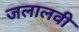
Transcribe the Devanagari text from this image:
जलालवी